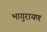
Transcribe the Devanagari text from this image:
भागुरायण